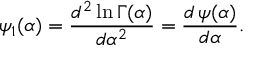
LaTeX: \psi _ { 1 } ( \alpha ) = { \frac { d ^ { 2 } \ln \Gamma ( \alpha ) } { d \alpha ^ { 2 } } } = { \frac { d \, \psi ( \alpha ) } { d \alpha } } .